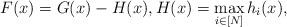
LaTeX: \begin{align*}F(x)=G(x)-H(x),H(x)=\max_{i\in[N]}h_i(x),\end{align*}